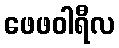
ဖေဖဝါရီလ